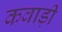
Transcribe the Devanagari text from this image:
कवाड़ी